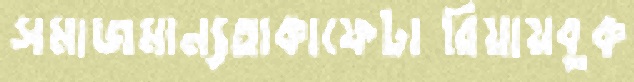
সমাজমান্যতাকাফেটারিয়ায়বুক